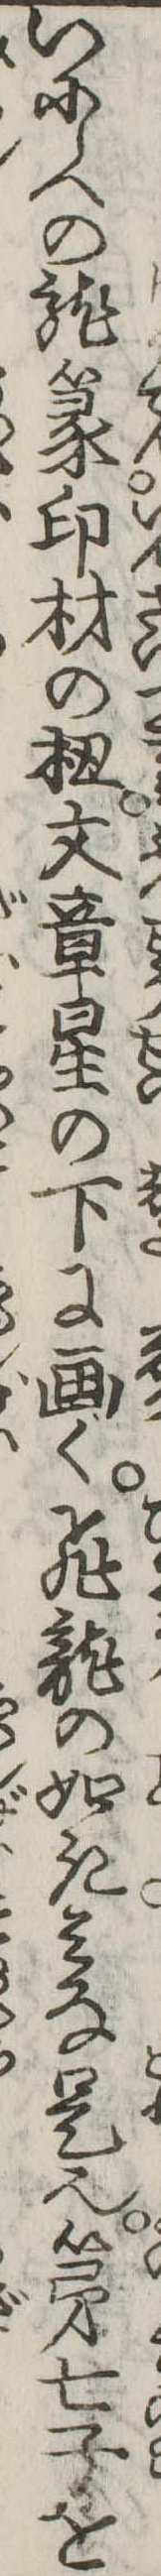
いにしへの竜篆印材の文章星の下に画く飛竜の如きみな是也第七子を